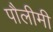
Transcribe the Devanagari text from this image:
पौलीमी